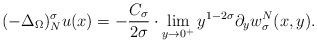
LaTeX: \begin{align*}(-\Delta_{\Omega})^\sigma _Nu(x)=-\frac {C_\sigma }{2\sigma }\cdot\lim\limits_{y\to0^+} y^{1-2\sigma }\partial_yw_\sigma ^N(x,y).\end{align*}